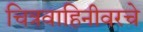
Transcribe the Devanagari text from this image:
चित्रवाहिनीवरचे